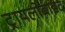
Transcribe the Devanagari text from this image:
ट्रायलोबाइट